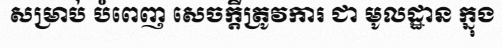
សម្រាប់ បំពេញ សេចក្តីត្រូវការ ជា មូលដ្ឋាន ក្នុង